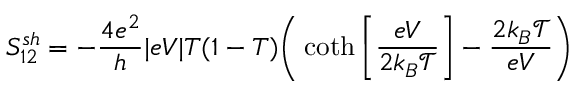
{ S _ { 1 2 } ^ { s h } = - \frac { 4 e ^ { 2 } } { h } | e V | T ( 1 - T ) \bigg ( \coth \left[ \frac { e V } { 2 k _ { B } \mathcal { T } } \right] - \frac { 2 k _ { B } \mathcal { T } } { e V } \bigg ) }